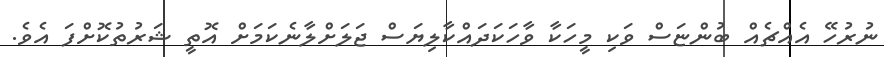
ނުރުހޭ އެއްޗެއް ބުންޏަސް ވަކި މީހަކާ ވާހަކަދައްކާލިޔަސް ޖަލަށްލާނެކަމަށް އޮތީ ޝަރުތުކޮށްފަ އެވެ.